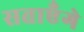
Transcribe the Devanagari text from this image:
सताएँगे